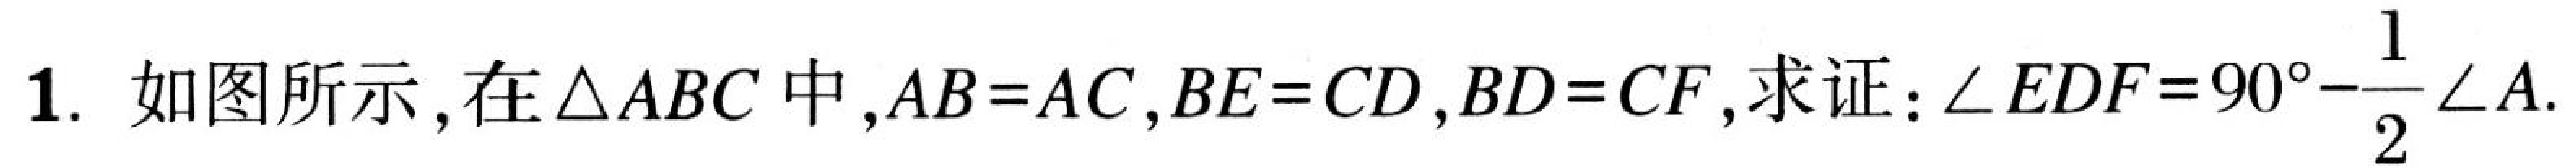
1. 如图所示，在\(\triangle ABC\)中，\(AB = AC\)，\(BE = CD\)，\(BD = CF\)，求证：\(\angle EDF = 90^{\circ}-\dfrac{1}{2}\angle A\).